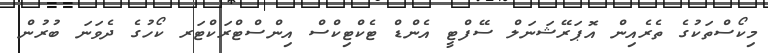
މިކޯސްތަކުގެ ތެރެއިން އޮޕަރޭޝަނަލް ސޭފްޓީ އެންޑް ޓެކްޓިކްސް އިންސްޓްރަކްޓަރ ކޯހުގެ ދެވަނަ ބުރުން